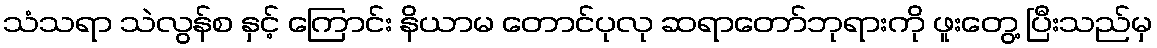
သံသရာ သဲလွန်စ နှင့် ကြောင်း နိယာမ တောင်ပုလု ဆရာတော်ဘုရားကို ဖူးတွေ့ ပြီးသည်မှ